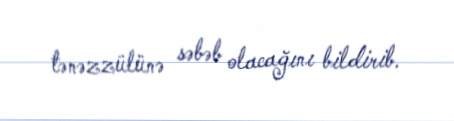
tənəzzülünə səbəb olacağını bildirib.